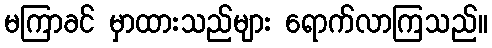
မကြာခင် မှာထားသည်များ ရောက်လာကြသည်။